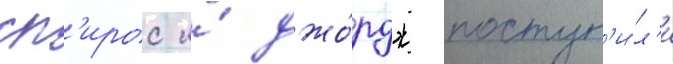
сп'ирос и́ джо́рдж поступ'и́л'и